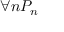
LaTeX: \forall n P _ { n }